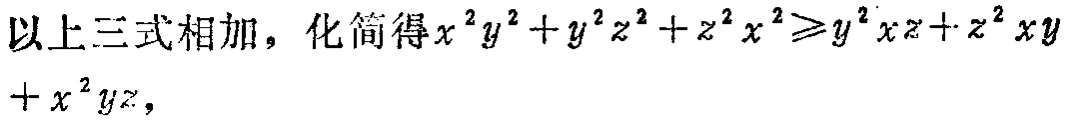
以上三式相加，化简得\(x^{2}y^{2}+y^{2}z^{2}+z^{2}x^{2}\geqslant y^{2}xz + z^{2}xy+x^{2}yz\)，